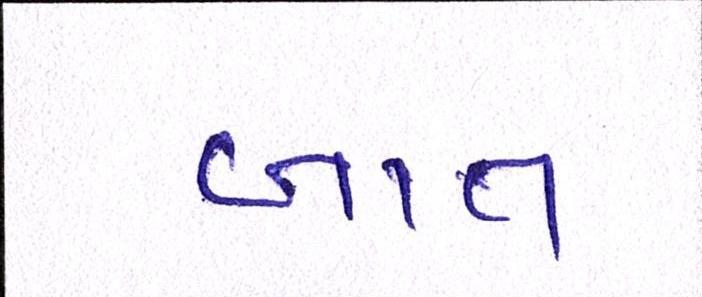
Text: બાત